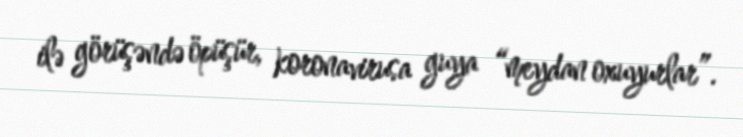
ilə görüşəndə öpüşür, koronavirusa guya “meydan oxuyurlar”.